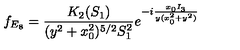
f _ { E _ { 8 } } = \frac { K _ { 2 } ( S _ { 1 } ) } { ( y ^ { 2 } + x _ { 0 } ^ { 2 } ) ^ { 5 / 2 } S _ { 1 } ^ { 2 } } e ^ { - i \frac { x _ { 0 } I _ { 3 } } { y ( x _ { 0 } ^ { 2 } + y ^ { 2 } ) } }